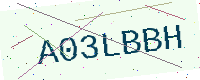
Text: A03LBBH